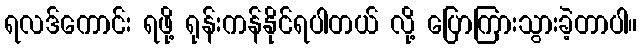
ရလဒ်ကောင်း ရဖို့ ရုန်းကန်နိုင်ရပါတယ် လို့ ပြောကြားသွားခဲ့တာပါ။